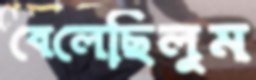
বেলেছিলুম